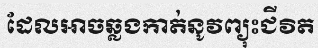
ដែលអាចឆ្លងកាត់នូវព្យុះជីវិត